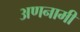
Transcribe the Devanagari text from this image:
अणनामी